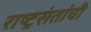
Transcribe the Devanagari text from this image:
राष्ट्रसंतांची